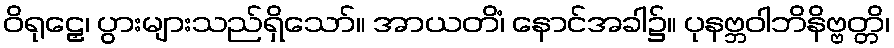
ဝိရုဠှေ၊ ပွားများသည်ရှိသော်။ အာယတိံ၊ နောင်အခါ၌။ ပုနဗ္ဘဝါဘိနိဗ္ဗတ္တိ၊